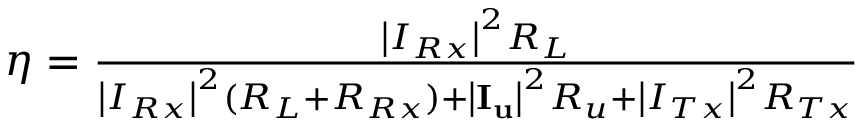
\begin{array} { r } { \eta = \frac { { { { \left| { { I _ { R x } } } \right| } ^ { 2 } } { R _ { L } } } } { { { { \left| { { I _ { R x } } } \right| } ^ { 2 } } ( { R _ { L } } + { R _ { R x } } ) + { { \left| { { { \mathbf { I } } _ { \mathbf { u } } } } \right| } ^ { 2 } } { R _ { u } } + { { \left| { { I _ { T x } } } \right| } ^ { 2 } } { R _ { T x } } } } } \end{array}